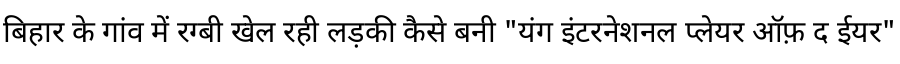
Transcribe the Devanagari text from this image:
बिहार के गांव में रग्बी खेल रही लड़की कैसे बनी "यंग इंटरनेशनल प्लेयर ऑफ़ द ईयर"